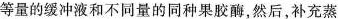
等量的缓冲液和不同量的同种果胶酶，然后，补充蒸